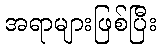
အရာများဖြစ်ပြီး